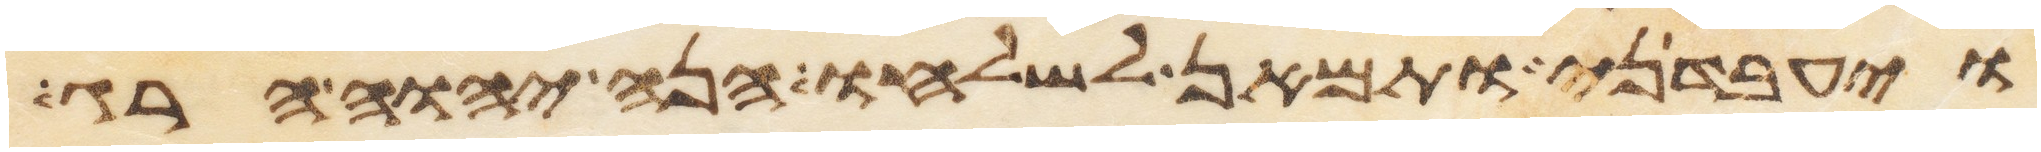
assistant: ויעבדני ותמאן לשלחו הנה יהוה הרג